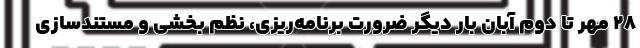
۲۸ مهر تا دوم آبان بار دیگر ضرورت برنامه‌ریزی، نظم بخشی و مستندسازی